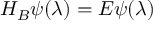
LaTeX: H _ { B } \psi ( \lambda ) = E \psi ( \lambda )